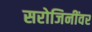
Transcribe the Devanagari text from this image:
सरोजिनींवर